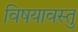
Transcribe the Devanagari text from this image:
विषयावस्तु